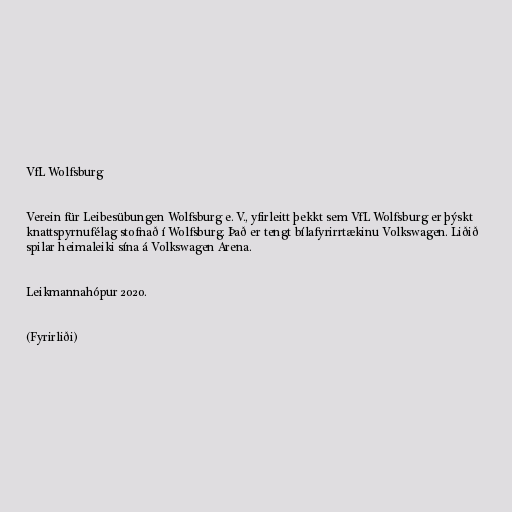
VfL Wolfsburg

Verein für Leibesübungen Wolfsburg e. V., yfirleitt þekkt sem VfL Wolfsburg er þýskt
knattspyrnufélag stofnað í Wolfsburg. Það er tengt bílafyrirrtækinu Volkswagen. Liðið
spilar heimaleiki sína á Volkswagen Arena.

Leikmannahópur 2020.

(Fyrirliði)